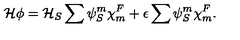
{ \cal H } \phi = { \cal H } _ { S } \sum { \psi } _ { S } ^ { m } { \chi } _ { m } ^ { F } + \epsilon \sum { \psi } _ { S } ^ { m } { \chi } _ { m } ^ { F } .